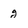
Character: g